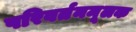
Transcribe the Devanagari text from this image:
परिवर्तनमूलक